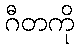
ဂီတကို